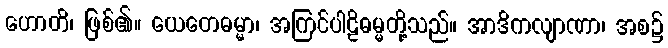
ဟောတိ၊ ဖြစ်၏။ ယေတေဓမ္မာ၊ အကြင်ပါဠိဓမ္မတို့သည်။ အာဒိကလျာဏာ၊ အစ၌